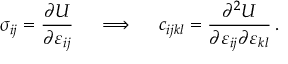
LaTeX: \sigma _ { i j } = { \frac { \partial U } { \partial \varepsilon _ { i j } } } \quad \implies \quad c _ { i j k l } = { \frac { \partial ^ { 2 } U } { \partial \varepsilon _ { i j } \partial \varepsilon _ { k l } } } \, .